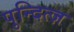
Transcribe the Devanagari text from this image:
पुन्दित्ज़